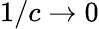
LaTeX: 1/c\rightarrow 0